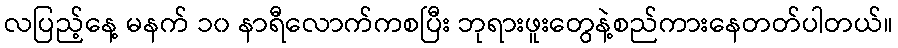
လပြည့်နေ့ မနက် ၁၀ နာရီလောက်ကစပြီး ဘုရားဖူးတွေနဲ့စည်ကားနေတတ်ပါတယ်။